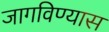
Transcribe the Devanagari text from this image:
जागविण्यास